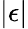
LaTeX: |\epsilon|